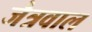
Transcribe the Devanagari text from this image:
जैत्रवाल